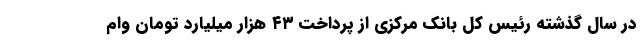
در سال گذشته رئیس کل بانک مرکزی از پرداخت ۴۳ هزار میلیارد تومان وام